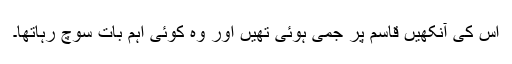
اس کی آنکھیں قاسم پر جمی ہوئی تھیں اور وہ کوئی اہم بات سوچ رہاتھا۔